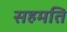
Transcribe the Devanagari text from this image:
सहमति